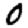
Digit: 0